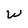
Character: W